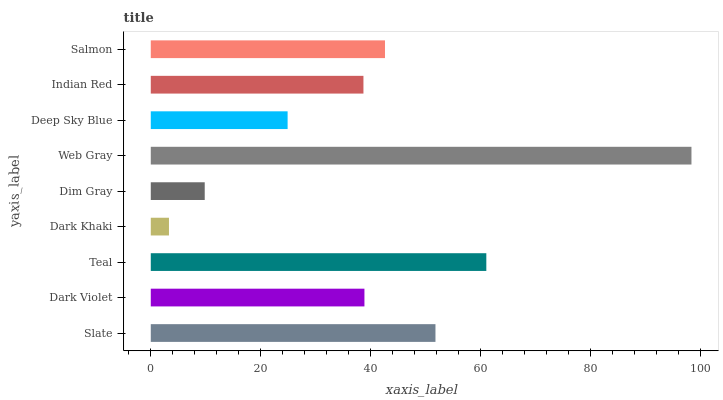
| yaxis_label | bars |
 | --- | --- |
 | Slate | 51.8 |
 | Dark Violet | 38.9 |
 | Teal | 61.1 |
 | Dark Khaki | 3.31 |
 | Dim Gray | 9.82 |
 | Web Gray | 98.4 |
 | Deep Sky Blue | 24.9 |
 | Indian Red | 38.7 |
 | Salmon | 42.6 |